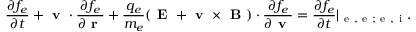
\frac { \partial f _ { e } } { \partial t } + \textbf { v } \cdot \frac { \partial f _ { e } } { \partial \textbf { r } } + \frac { q _ { e } } { m _ { e } } ( \textbf { E } + { \textbf { v } \times \textbf { B } } ) \cdot \frac { \partial f _ { e } } { \partial \textbf { v } } = \frac { \partial f _ { e } } { \partial t } | _ { \mathrm { ~ e ~ , ~ e ~ ; ~ e ~ , ~ i ~ } } .